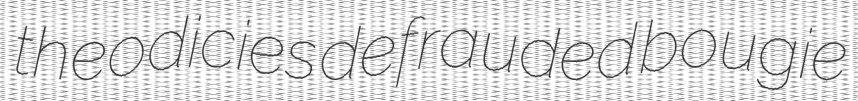
theodicies defrauded bougie